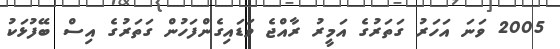
2005 ވަނަ އަހަރު ގަތަރުގެ އަމީރު ރާއްޖެ ވަޑައިގެންފަހުން ގަތަރުގެ އިސް ބޭފުޅަކު